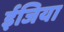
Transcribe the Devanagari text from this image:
ईजिया